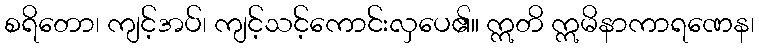
စရိတော၊ ကျင့်အပ်၊ ကျင့်သင့်ကောင်းလှပေ၏။ ဣတိ ဣမိနာကာရဏေန၊